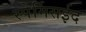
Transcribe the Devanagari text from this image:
स्पेर्मिसईद